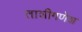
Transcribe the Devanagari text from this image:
ताशीगणेश